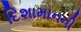
દિશામાનની